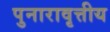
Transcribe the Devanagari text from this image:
पुनारावृत्तीय